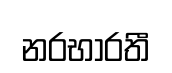
නරභාරතී